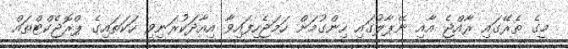
މީގެ ތެރޭގައި ރާއްޖެ އާއި ނޭޕާލުގައި ހިންގުމަށް ހަމަޖެހިފައިވާ އިއާދަކުރަނިވި ހަކަތައިގެ ޕްރޮޖެކްޓްތައް